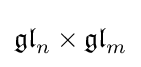
{\mathfrak {gl}}_{n}\times {\mathfrak {gl}}_{m}